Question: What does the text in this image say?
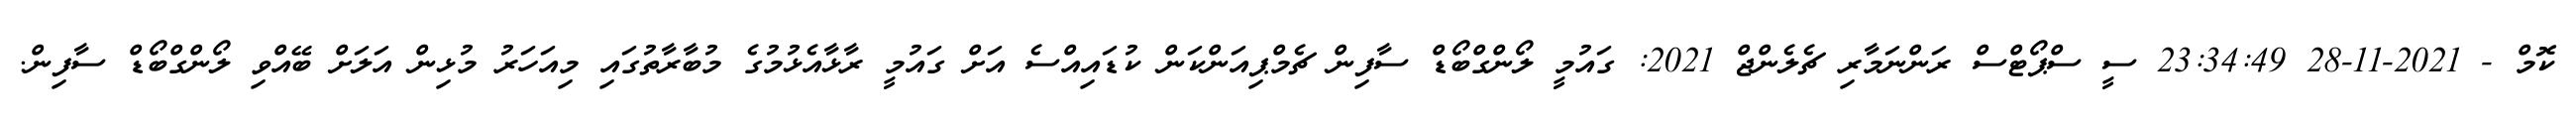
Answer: ކޮމް - 2021-11-28 23:34:49 ސީ ސްޕޯޓްސް ރަންނަމާރި ޗެލެންޖް 2021: ގައުމީ ލޯންގްބޯޑް ސާފިން ޗެމްޕިއަންކަން ކުޑައިއްސެ އަށް ގައުމީ ރާޅާއެޅުމުގެ މުބާރާތުގައި މިއަހަރު މުޅިން އަލަށް ބޭއްވި ލޯންގްބޯޑް ސާފިން.